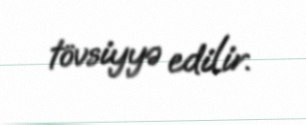
tövsiyyə edilir.